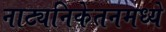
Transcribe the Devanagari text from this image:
नाट्यनिकेतनमध्ये